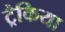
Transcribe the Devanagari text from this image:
ट्रैकिया